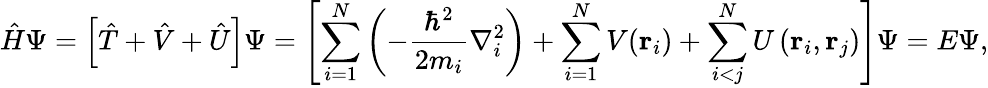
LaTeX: {\hat{H}}\Psi=\left[{\hat{T}}+{\hat{V}}+{\hat{U}}\right]\Psi=\left[\sum_{i=1}^{N}\left(-{\frac{\hbar^{2}}{2m_{i}}}\nabla_{i}^{2}\right)+\sum_{i=1}^{N}V(\mathbf{r}_{i})+\sum_{i<j}^{N}U\left(\mathbf{r}_{i},\mathbf{r}_{j}\right)\right]\Psi=E\Psi,